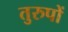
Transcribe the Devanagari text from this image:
तुरुपों